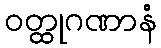
ဝတ္ထုဂဏာနံ